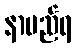
နာမည်ရ